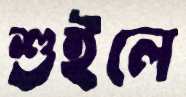
শুইলে